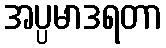
အပ္ပမာဒရတာ